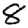
Digit: 8